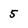
Character: 5